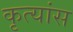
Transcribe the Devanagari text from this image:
कृत्यांस